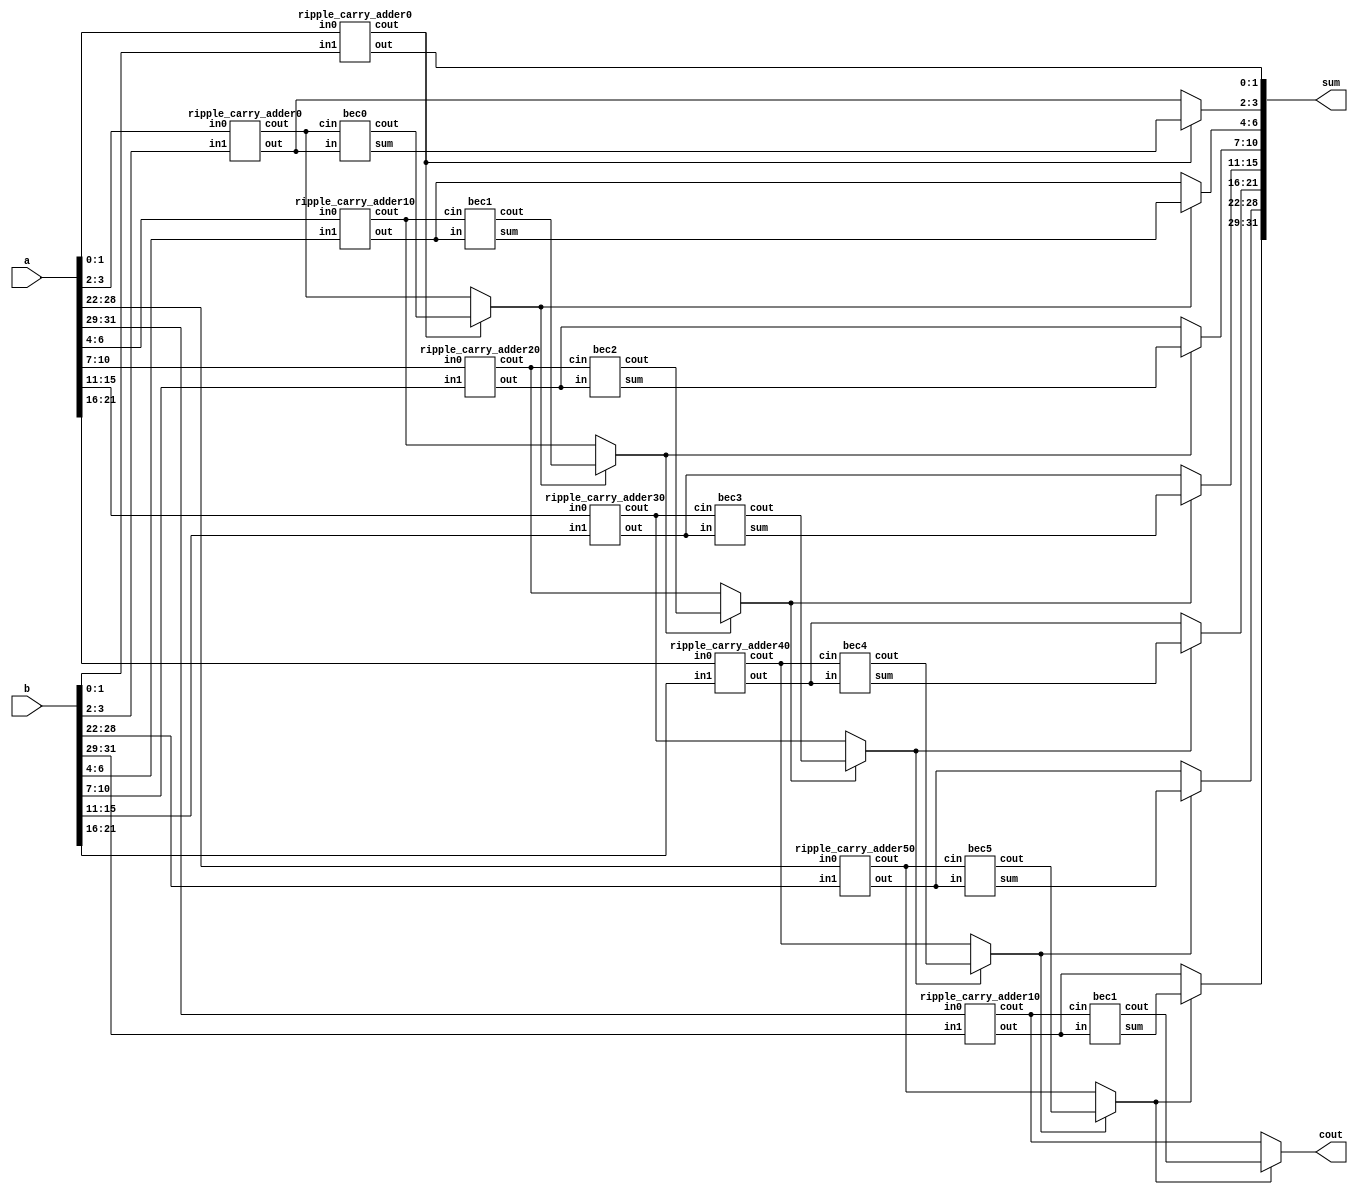

module bitmodifiedcarry(a,b,sum,cout);
    input [31:0]a;
    input [31:0]b;
    output [31:0]sum;
    output cout;
    wire [6:0]c1;
	wire [6:0]c0;
	wire cin;
	wire [5:0]c;
	wire [31:0]sum0;
	wire [31:0]sum1;
    ripple_carry_adder0 ra0(a[1:0],b[1:0],sum[1:0],cin);
    ripple_carry_adder0 ra1(a[3:2],b[3:2],sum0[3:2],c0[0]);
    bec0 ra2(sum0[3:2],c0[0],sum1[3:2],c1[0]);
    assign sum[3:2] = cin?sum1[3:2]:sum0[3:2];
    assign c[0] = cin?c1[0]:c0[0];
    ripple_carry_adder10 ra3(a[6:4],b[6:4],sum0[6:4],c0[1]);
    bec1 ra4(sum0[6:4],c0[1],sum1[6:4],c1[1]);
    assign sum[6:4] = c[0]?sum1[6:4]:sum0[6:4];
    assign c[1] = c[0]?c1[1]:c0[1];
    ripple_carry_adder20 ra5(a[10:7],b[10:7],sum0[10:7],c0[2]);
    bec2 ra6(sum0[10:7],c0[2],sum1[10:7],c1[2]);
    assign sum[10:7] = c[1]?sum1[10:7]:sum0[10:7];
    assign c[2] = c[1]?c1[2]:c0[2];
    ripple_carry_adder30 ra7(a[15:11],b[15:11],sum0[15:11],c0[3]);
    bec3 ra8(sum0[15:11],c0[3],sum1[15:11],c1[3]);
    assign sum[15:11] = c[2]?sum1[15:11]:sum0[15:11];
    assign c[3] = c[2]?c1[3]:c0[3];
    ripple_carry_adder40 ra9(a[21:16],b[21:16],sum0[21:16],c0[4]);
    bec4 ra10(sum0[21:16],c0[4],sum1[21:16],c1[4]);
    assign sum[21:16] = c[3]?sum1[21:16]:sum0[21:16];
    assign c[4] = c[3]?c1[4]:c0[4];
    ripple_carry_adder50 ra11(a[28:22],b[28:22],sum0[28:22],c0[5]);
    bec5 ra12(sum0[28:22],c0[5],sum1[28:22],c1[5]);
    assign sum[28:22] = c[4]?sum1[28:22]:sum0[28:22];
    assign c[5] = c[4]?c1[5]:c0[5];
    ripple_carry_adder10 ra13(a[31:29],b[31:29],sum0[31:29],c0[6]);
    bec1 ra14(sum0[31:29],c0[6],sum1[31:29],c1[6]);
    assign sum[31:29] = c[5]?sum1[31:29]:sum0[31:29];
    assign cout = c[5]?c1[6]:c0[6];
endmodule


module bec5(in,cin,sum,cout);
    input [6:0]in;
    input cin;
    output [6:0]sum;
    output cout;
    wire [7:0]in1;
    assign in1 ={cin,in[6:0]};
    assign sum[0] = ~in1[0];
    assign sum[1] = in1[0]^in1[1];
    assign sum[2] = in1[2]^(in1[0]&in1[1]);
    assign sum[3] = in1[3]^(in1[0]&in1[1]&in1[2]);
    assign sum[4] = in1[4]^(in1[0]&in1[1]&in1[2]&in1[3]);
    assign sum[5] = in1[5]^(in1[0]&in1[1]&in1[2]&in1[3]&in1[4]);
    assign sum[6] = in1[6]^(in1[0]&in1[1]&in1[2]&in1[3]&in1[4]&in1[5]);
    assign cout = in1[7]^(in1[0]&in1[1]&in1[2]&in1[3]&in1[4]&in1[5]&in[6]);
endmodule


module ripple_carry_adder50(in0, in1, out, cout);
	input [6:0] in0;
	input [6:0] in1;
	output [6:0] out;
	output cout;

	wire c1,c2,c3,c4,c5,c6;
	full_adder fa0(in0[0], in1[0], 1'b0, out[0], c1);
	full_adder fa1(in0[1], in1[1], c1, out[1], c2);
    full_adder fa2(in0[2], in1[2], c2, out[2], c3);
    full_adder fa3(in0[3], in1[3], c3, out[3], c4);
    full_adder fa4(in0[4], in1[4], c4, out[4], c5);
	full_adder fa5(in0[5], in1[5], c5, out[5], c6);
	full_adder fa6(in0[6], in1[6], c6, out[6], cout);

endmodule


module bec4(in,cin,sum,cout);
    input [5:0]in;
    input cin;
    output [5:0]sum;
    output cout;
    wire [6:0]in1;
    assign in1 ={cin,in[5:0]};
    assign sum[0] = ~in1[0];
    assign sum[1] = in1[0]^in1[1];
    assign sum[2] = in1[2]^(in1[0]&in1[1]);
    assign sum[3] = in1[3]^(in1[0]&in1[1]&in1[2]);
    assign sum[4] = in1[4]^(in1[0]&in1[1]&in1[2]&in1[3]);
    assign sum[5] = in1[5]^(in1[0]&in1[1]&in1[2]&in1[3]&in1[4]);
    assign cout = in1[6]^(in1[0]&in1[1]&in1[2]&in1[3]&in1[4]&in1[5]);
endmodule

module ripple_carry_adder40(in0, in1, out, cout);
	input [5:0] in0;
	input [5:0] in1;
	output [5:0] out;
	output cout;

	wire c1,c2,c3,c4,c5;
	full_adder fa0(in0[0], in1[0], 1'b0, out[0], c1);
	full_adder fa1(in0[1], in1[1], c1, out[1], c2);
    full_adder fa2(in0[2], in1[2], c2, out[2], c3);
    full_adder fa3(in0[3], in1[3], c3, out[3], c4);
    full_adder fa4(in0[4], in1[4], c4, out[4], c5);
	full_adder fa5(in0[5], in1[5], c5, out[5], cout);

endmodule

module bec3(in,cin,sum,cout);
    input [4:0]in;
    input cin;
    output [4:0]sum;
    output cout;
    wire [5:0]in1;
    assign in1 ={cin,in[4:0]};
    assign sum[0] = ~in1[0];
    assign sum[1] = in1[0]^in1[1];
    assign sum[2] = in1[2]^(in1[0]&in1[1]);
    assign sum[3] = in1[3]^(in1[0]&in1[1]&in1[2]);
    assign sum[4] = in1[4]^(in1[0]&in1[1]&in1[2]&in1[3]);
    assign cout = in1[5]^(in1[0]&in1[1]&in1[2]&in1[3]&in1[4]);
endmodule

module ripple_carry_adder30(in0, in1, out, cout);
	input [4:0] in0;
	input [4:0] in1;
	output [4:0] out;
	output cout;

	wire c1,c2,c3,c4;
	full_adder fa0(in0[0], in1[0], 1'b0, out[0], c1);
	full_adder fa1(in0[1], in1[1], c1, out[1], c2);
    full_adder fa2(in0[2], in1[2], c2, out[2], c3);
    full_adder fa3(in0[3], in1[3], c3, out[3], c4);
    full_adder fa4(in0[4], in1[4], c4, out[4], cout);

endmodule

    

module bec2(in,cin,sum,cout);
    input [3:0]in;
    input cin;
    output [3:0]sum;
    output cout;
    wire [4:0]in1;
    assign in1 ={cin,in[3:0]};
    assign sum[0] = ~in1[0];
    assign sum[1] = in1[0]^in1[1];
    assign sum[2] = in1[2]^(in1[0]&in1[1]);
    assign sum[3] = in1[3]^(in1[0]&in1[1]&in1[2]);
    assign cout = in1[4]^(in1[0]&in1[1]&in1[2]&in1[3]);
endmodule


module ripple_carry_adder20(in0, in1, out, cout);
	input [3:0] in0;
	input [3:0] in1;
	output [3:0] out;
	output cout;

	wire c1,c2,c3;
	full_adder fa0(in0[0], in1[0], 1'b0, out[0], c1);
	full_adder fa1(in0[1], in1[1], c1, out[1], c2);
    full_adder fa2(in0[2], in1[2], c2, out[2], c3);
    full_adder fa3(in0[3], in1[3], c3, out[3], cout);

endmodule

module bec1(in,cin,sum,cout);
    input [2:0]in;
    input cin;
    output [2:0]sum;
    output cout;
    wire [3:0]in1;
    assign in1 ={cin,in[2:0]};
    assign sum[0] = ~in1[0];
    assign sum[1] = in1[0]^in1[1];
    assign sum[2] = in1[2]^(in1[0]&in1[1]);
    assign cout = in1[3]^(in1[0]&in1[1]&in1[2]);
endmodule


module ripple_carry_adder10(in0, in1, out, cout);
	input [2:0] in0;
	input [2:0] in1;
	output [2:0] out;
	output cout;

	wire c1,c2;
	full_adder fa0(in0[0], in1[0], 1'b0, out[0], c1);
	full_adder fa1(in0[1], in1[1], c1, out[1], c2);
    full_adder fa2(in0[2], in1[2], c2, out[2], cout);

endmodule

module bec0(in,cin,sum,cout);
    input [1:0]in;
    input cin;
    output [1:0]sum;
    output cout;
    wire [2:0]in1;
    assign in1 ={cin,in[1:0]};
    assign sum[0] = ~in1[0];
    assign sum[1] = in1[0]^in1[1];
    assign cout = in1[2]^(in1[0]&in1[1]);
endmodule

module ripple_carry_adder0(in0, in1, out, cout);
	input [1:0] in0;
	input [1:0] in1;
	output [1:0] out;
	output cout;

	wire c1;
	full_adder fa0(in0[0], in1[0], 1'b0, out[0], c1);
	full_adder fa1(in0[1], in1[1], c1, out[1], cout);

endmodule

module full_adder(in0, in1, cin, out, cout);
	input in0, in1, cin;
	output out, cout;

	assign out = in0 ^ in1 ^ cin;
	assign cout = ((in0 ^ in1) & cin) | (in0 & in1);
endmodule